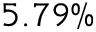
5 . 7 9 \%